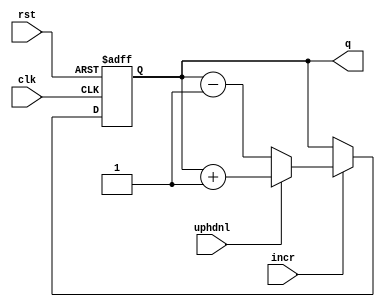
`timescale 1ns / 1ps
//****************************************************************// 
//  Class: CECS 361 						                          		//
//  Project: Project1-Cecs361													//
//																						//				
//  Abstract: Will increment / decrement based on the switch 		//
//					uphdnl. 															// 
//  Created by       <Alina Suon> on <09-18-18>.                  // 
//  Copyright  2018 <Alina Suon>. All rights reserved.           // 
//                                                                //                                                                              // 
//  In submitting this file for class work at CSULB               // 
//  I am confirming that this is my work and the work             // 
//  of no one else. In submitting this code I acknowledge that    // 
//  plagiarism in student project work is subject to dismissal.   //  
//  from the class                                                // 
//****************************************************************//
module counter(clk, rst, incr, uphdnl, q);
	input 		  clk, rst;
	input 		  uphdnl, incr;
	output [15:0] q;
	reg 	 [15:0] q;
	
	always @(posedge clk, posedge rst)
		if (rst) q <= 8'b0;
		else if (incr) q <= (uphdnl)? q + 16'b1 : q - 16'b1;
endmodule